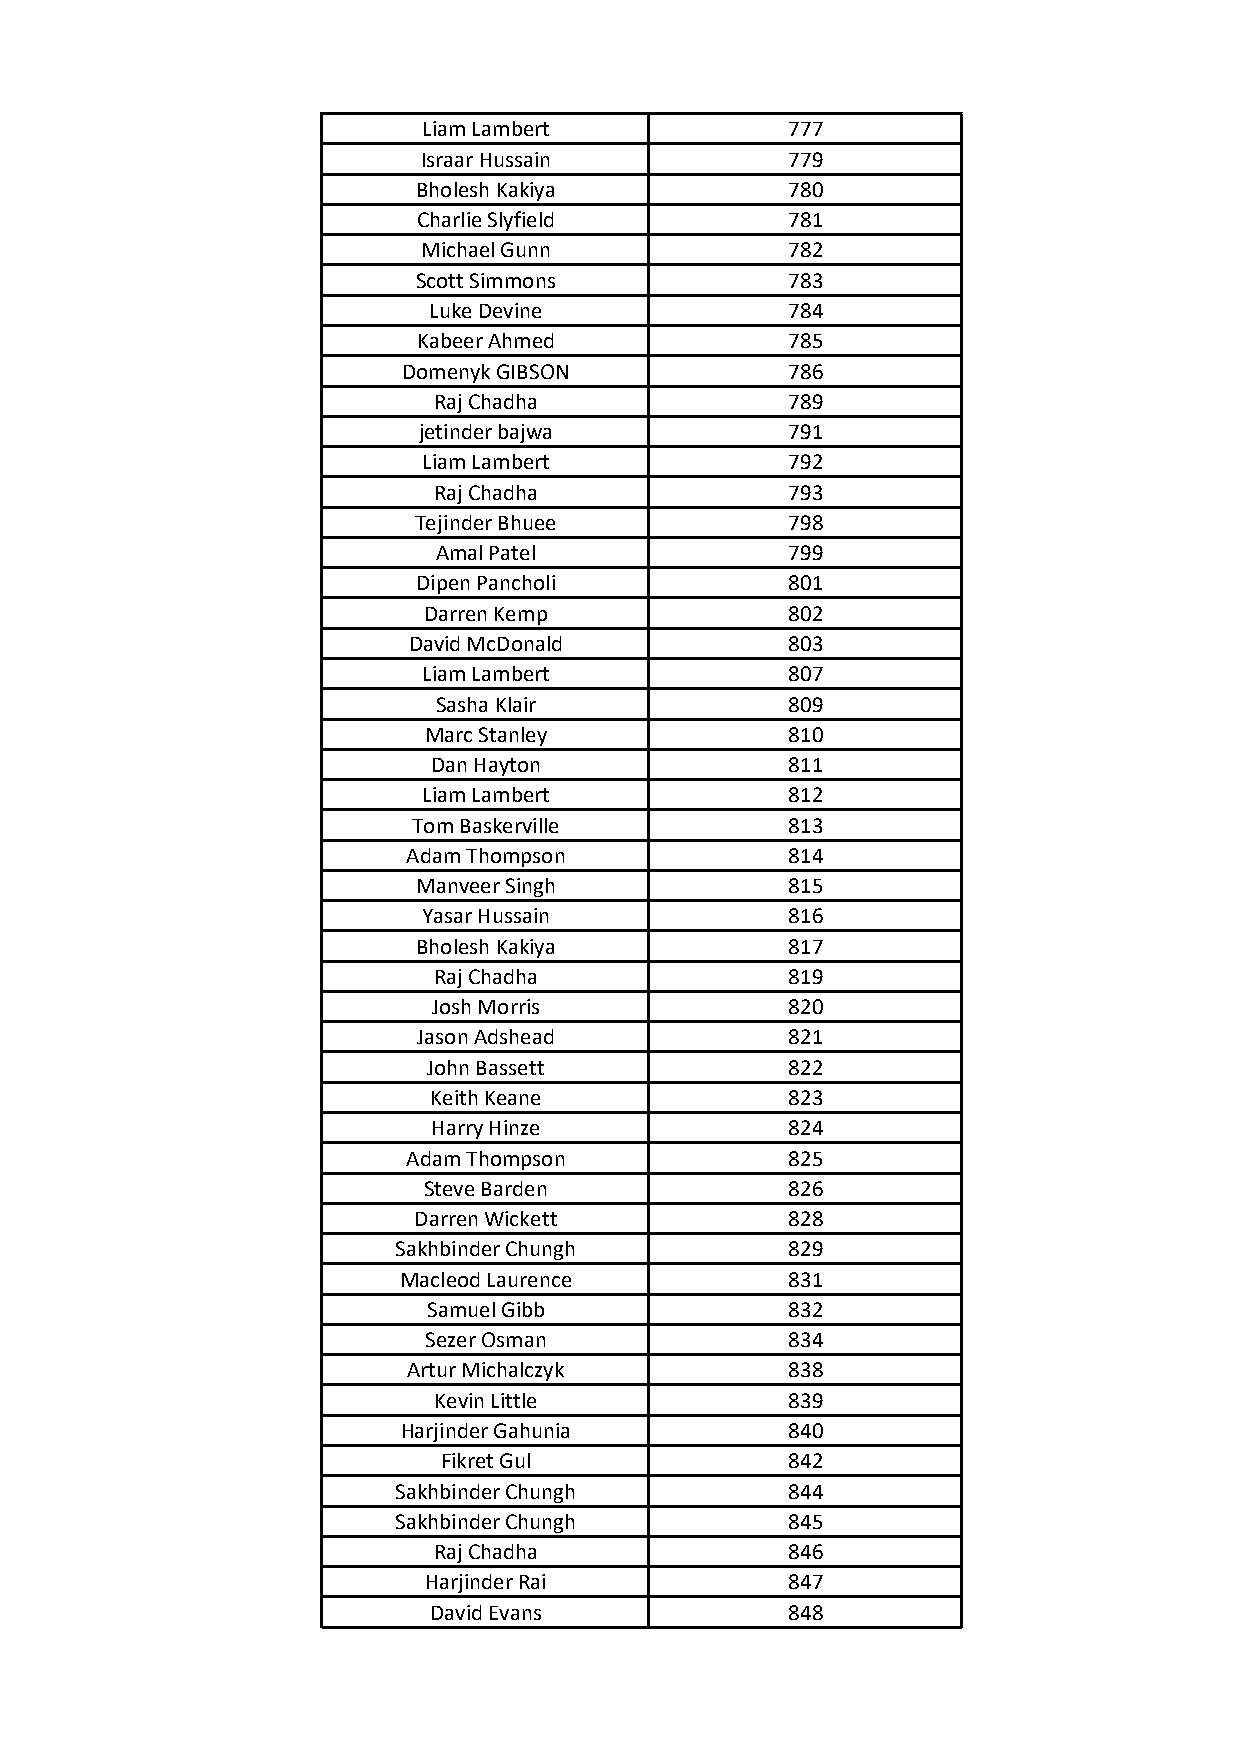
Liam Lambert            777
 Israar Hussain          779
 Bholesh Kakiya          780
 Charlie Slyfield        781
 Michael Gunn            782
 Scott Simmons           783
 Luke Devine             784
 Kabeer Ahmed            785
 Domenyk GIBSON           786
 Raj Chadha             789
 jetinder bajwa          791
 Liam Lambert            792
 Raj Chadha             793
 Tejinder Bhuee           798
 Amal Patel             799
 Dipen Pancholi          801
 Darren Kemp             802
 David McDonald           803
 Liam Lambert            807
 Sasha Klair            809
 Marc Stanley            810
 Dan Hayton             811
 Liam Lambert            812
 Tom Baskerville          813
 Adam Thompson            814
 Manveer Singh           815
 Yasar Hussain           816
 Bholesh Kakiya          817
 Raj Chadha             819
 Josh Morris            820
 Jason Adshead           821
 John Bassett            822
 Keith Keane             823
 Harry Hinze            824
 Adam Thompson            825
 Steve Barden            826
 Darren Wickett           828
 Sakhbinder Chungh         829
 Macleod Laurence          831
 Samuel Gibb             832
 Sezer Osman             834
 Artur Michalczyk         838
 Kevin Little           839
 Harjinder Gahunia        840
 Fikret Gul             842
 Sakhbinder Chungh         844
 Sakhbinder Chungh         845
 Raj Chadha             846
 Harjinder Rai           847
 David Evans             848